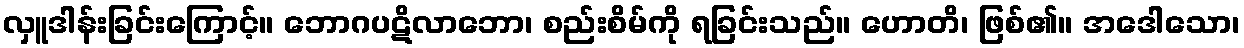
လှူဒါန်းခြင်းကြောင့်။ ဘောဂပဋိလာဘော၊ စည်းစိမ်ကို ရခြင်းသည်။ ဟောတိ၊ ဖြစ်၏။ အဒေါသော၊